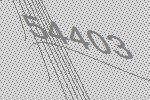
54403